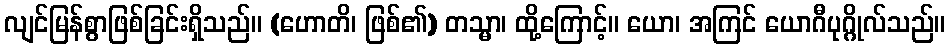
လျင်မြန်စွာဖြစ်ခြင်းရှိသည်။ (ဟောတိ၊ ဖြစ်၏) တသ္မာ၊ ထို့ကြောင့်။ ယော၊ အကြင် ယောဂီပုဂ္ဂိုလ်သည်။